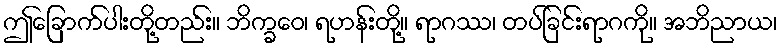
ဤခြောက်ပါးတို့တည်း။ ဘိက္ခဝေ၊ ရဟန်းတို့။ ရာဂဿ၊ တပ်ခြင်းရာဂကို။ အဘိညာယ၊